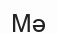
Мә